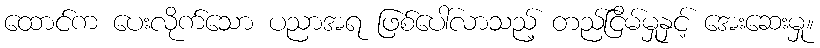
ထောင်က ပေးလိုက်သော ပညာအရ ဖြစ်ပေါ်လာသည့် တည်ငြိမ်မှုနှင့် အေးဆေးမှု။